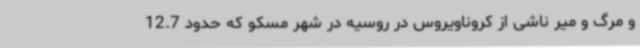
و مرگ و میر ناشی از کروناویروس در روسیه در شهر مسکو که حدود 12.7